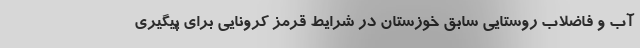
آب و فاضلاب روستایی سابق خوزستان در شرایط قرمز کرونایی برای پیگیری